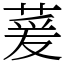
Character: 萲